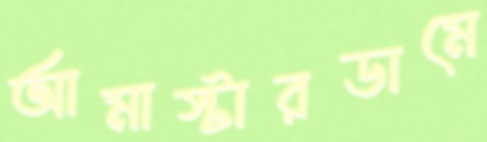
আমাস্টারডামে